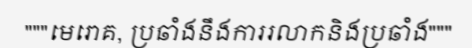
"""មេរោគ, ប្រឆាំងនឹងការរលាកនិងប្រឆាំង"""